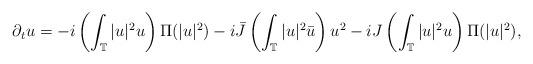
LaTeX: \begin{align*} \partial_tu=-i\left(\int_\mathbb{T}|u|^2u\right)\Pi(|u|^2)-i\bar J \left(\int_\mathbb{T}|u|^2\bar{u}\right) u^2-iJ\left(\int_\mathbb{T}|u|^2u\right)\Pi(|u|^2),\end{align*}